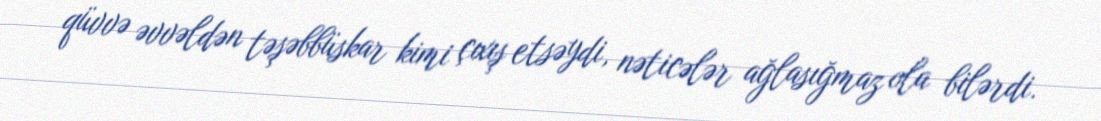
qüvvə əvvəldən təşəbbüskar kimi çıxış etsəydi, nəticələr ağlasığmaz ola bilərdi.